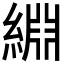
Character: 𫃺